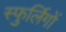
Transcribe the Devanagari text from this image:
स्फुर्लिगों